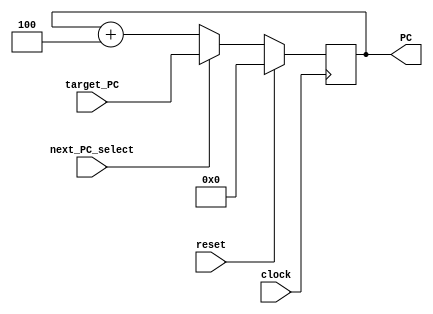
module fetch #(
  parameter ADDRESS_BITS = 16
) (
  input  clock,
  input  reset,
  input  next_PC_select,
  input  [ADDRESS_BITS-1:0] target_PC,
  output [ADDRESS_BITS-1:0] PC
);

reg [ADDRESS_BITS-1:0] PC_reg;

assign PC = PC_reg;


always @(posedge clock)
begin
    if(reset)
    begin
        PC_reg <= 16'b0; //not sure what should happen if reset = 0, just set PC to 16'b0.
    end
    else if(next_PC_select)
    begin
        PC_reg <= target_PC; 
    end
    else
    begin
        PC_reg <= PC + 4;
    end
end

endmodule